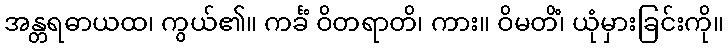
အန္တရဓာယထ၊ ကွယ်၏။ ကင်္ခံ ဝိတရာတိ၊ ကား။ ဝိမတိံ၊ ယုံမှားခြင်းကို။